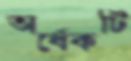
অর্ধেকটি